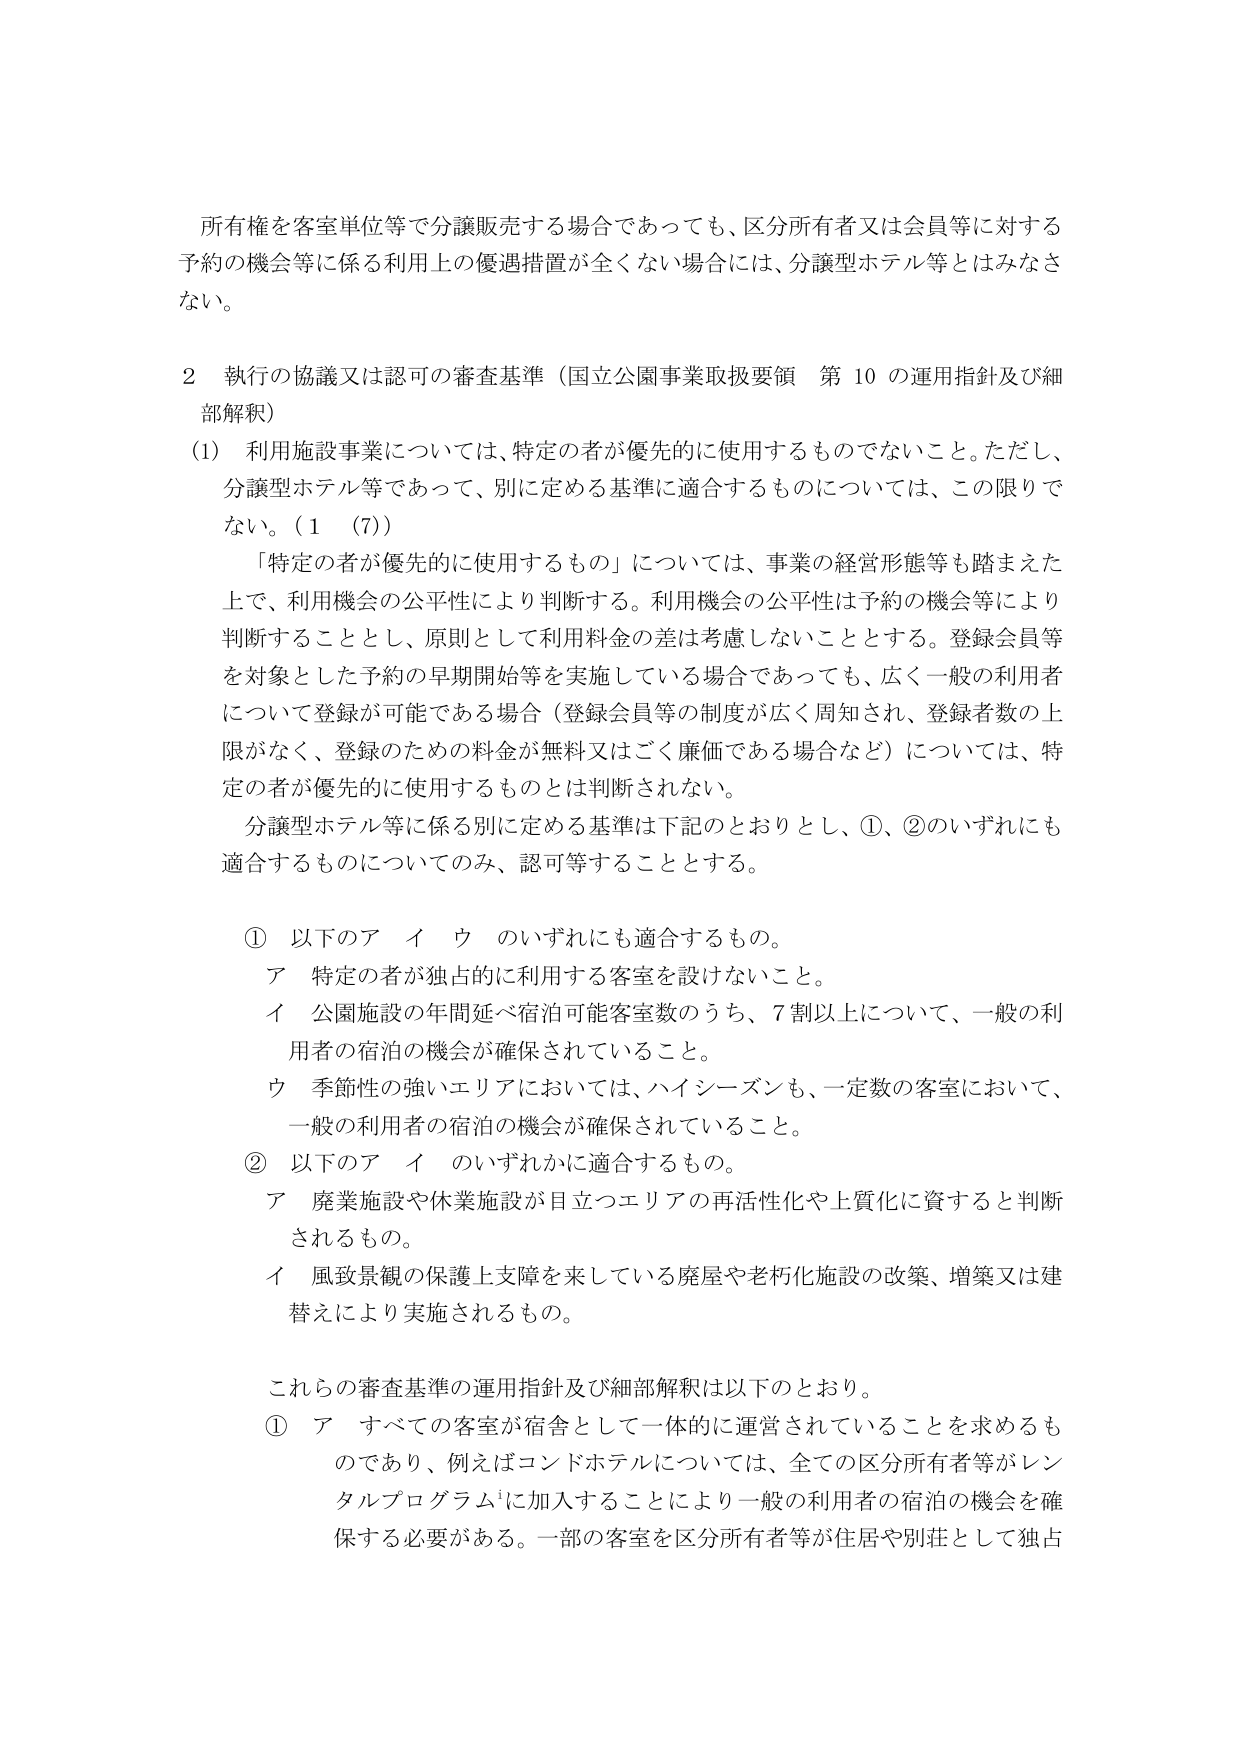
所有権を客室単位等で分譲販売する場合であっても、区分所有者又は会員等に対する予約の機会等に係る利用上の優遇措置が全くない場合には、分譲型ホテル等とはみなさない。

２ 執行の協議又は認可の審査基準（国立公園事業取扱要領 第10の運用指針及び細部解釈）

(1) 利用施設事業については、特定の者が優先的に使用するものでないこと。ただし、分譲型ホテル等であって、別に定める基準に適合するものについては、この限りでない。（1（7））

「特定の者が優先的に使用するもの」については、事業の経営形態等も踏まえた上で、利用機会の公平性により判断する。利用機会の公平性は予約の機会等により判断することとし、原則として利用料金の差は考慮しないこととする。登録会員等を対象とした予約の早期開始等を実施している場合であっても、広く一般の利用者について登録が可能である場合（登録会員等の制度が広く周知され、登録者数の上限がなく、登録のための料金が無料又はごく廉価である場合など）については、特定の者が優先的に使用するものとは判断されない。

分譲型ホテル等に係る別に定める基準は下記のとおりとし、①、②のいずれにも適合するものについてのみ、認可等することとする。

① 以下のア イ ウ のいずれにも適合するもの。
　ア 特定の者が独占的に利用する客室を設けないこと。
　イ 公園施設の年間延べ宿泊可能客室数のうち、7割以上について、一般の利用者の宿泊の機会が確保されていること。
　ウ 季節性の強いエリアにおいては、ハイシーズンも、一定数の客室において、一般の利用者の宿泊の機会が確保されていること。

② 以下のア イ のいずれかに適合するもの。
　ア 廃業施設や休業施設が目立つエリアの再活性化や上質化に資すると判断されるもの。
　イ 風致景観の保護上支障を来している廃屋や老朽化施設の改築、増築又は建替えにより実施されるもの。

これらの審査基準の運用指針及び細部解釈は以下のとおり。

① ア すべての客室が宿舎として一体的に運営されていることを求めるものであり、例えばコンドホテルについては、全ての区分所有者等がレンタルプログラムに加入することにより一般の利用者の宿泊の機会を確保する必要がある。一部の客室を区分所有者等が住居や別荘として独占